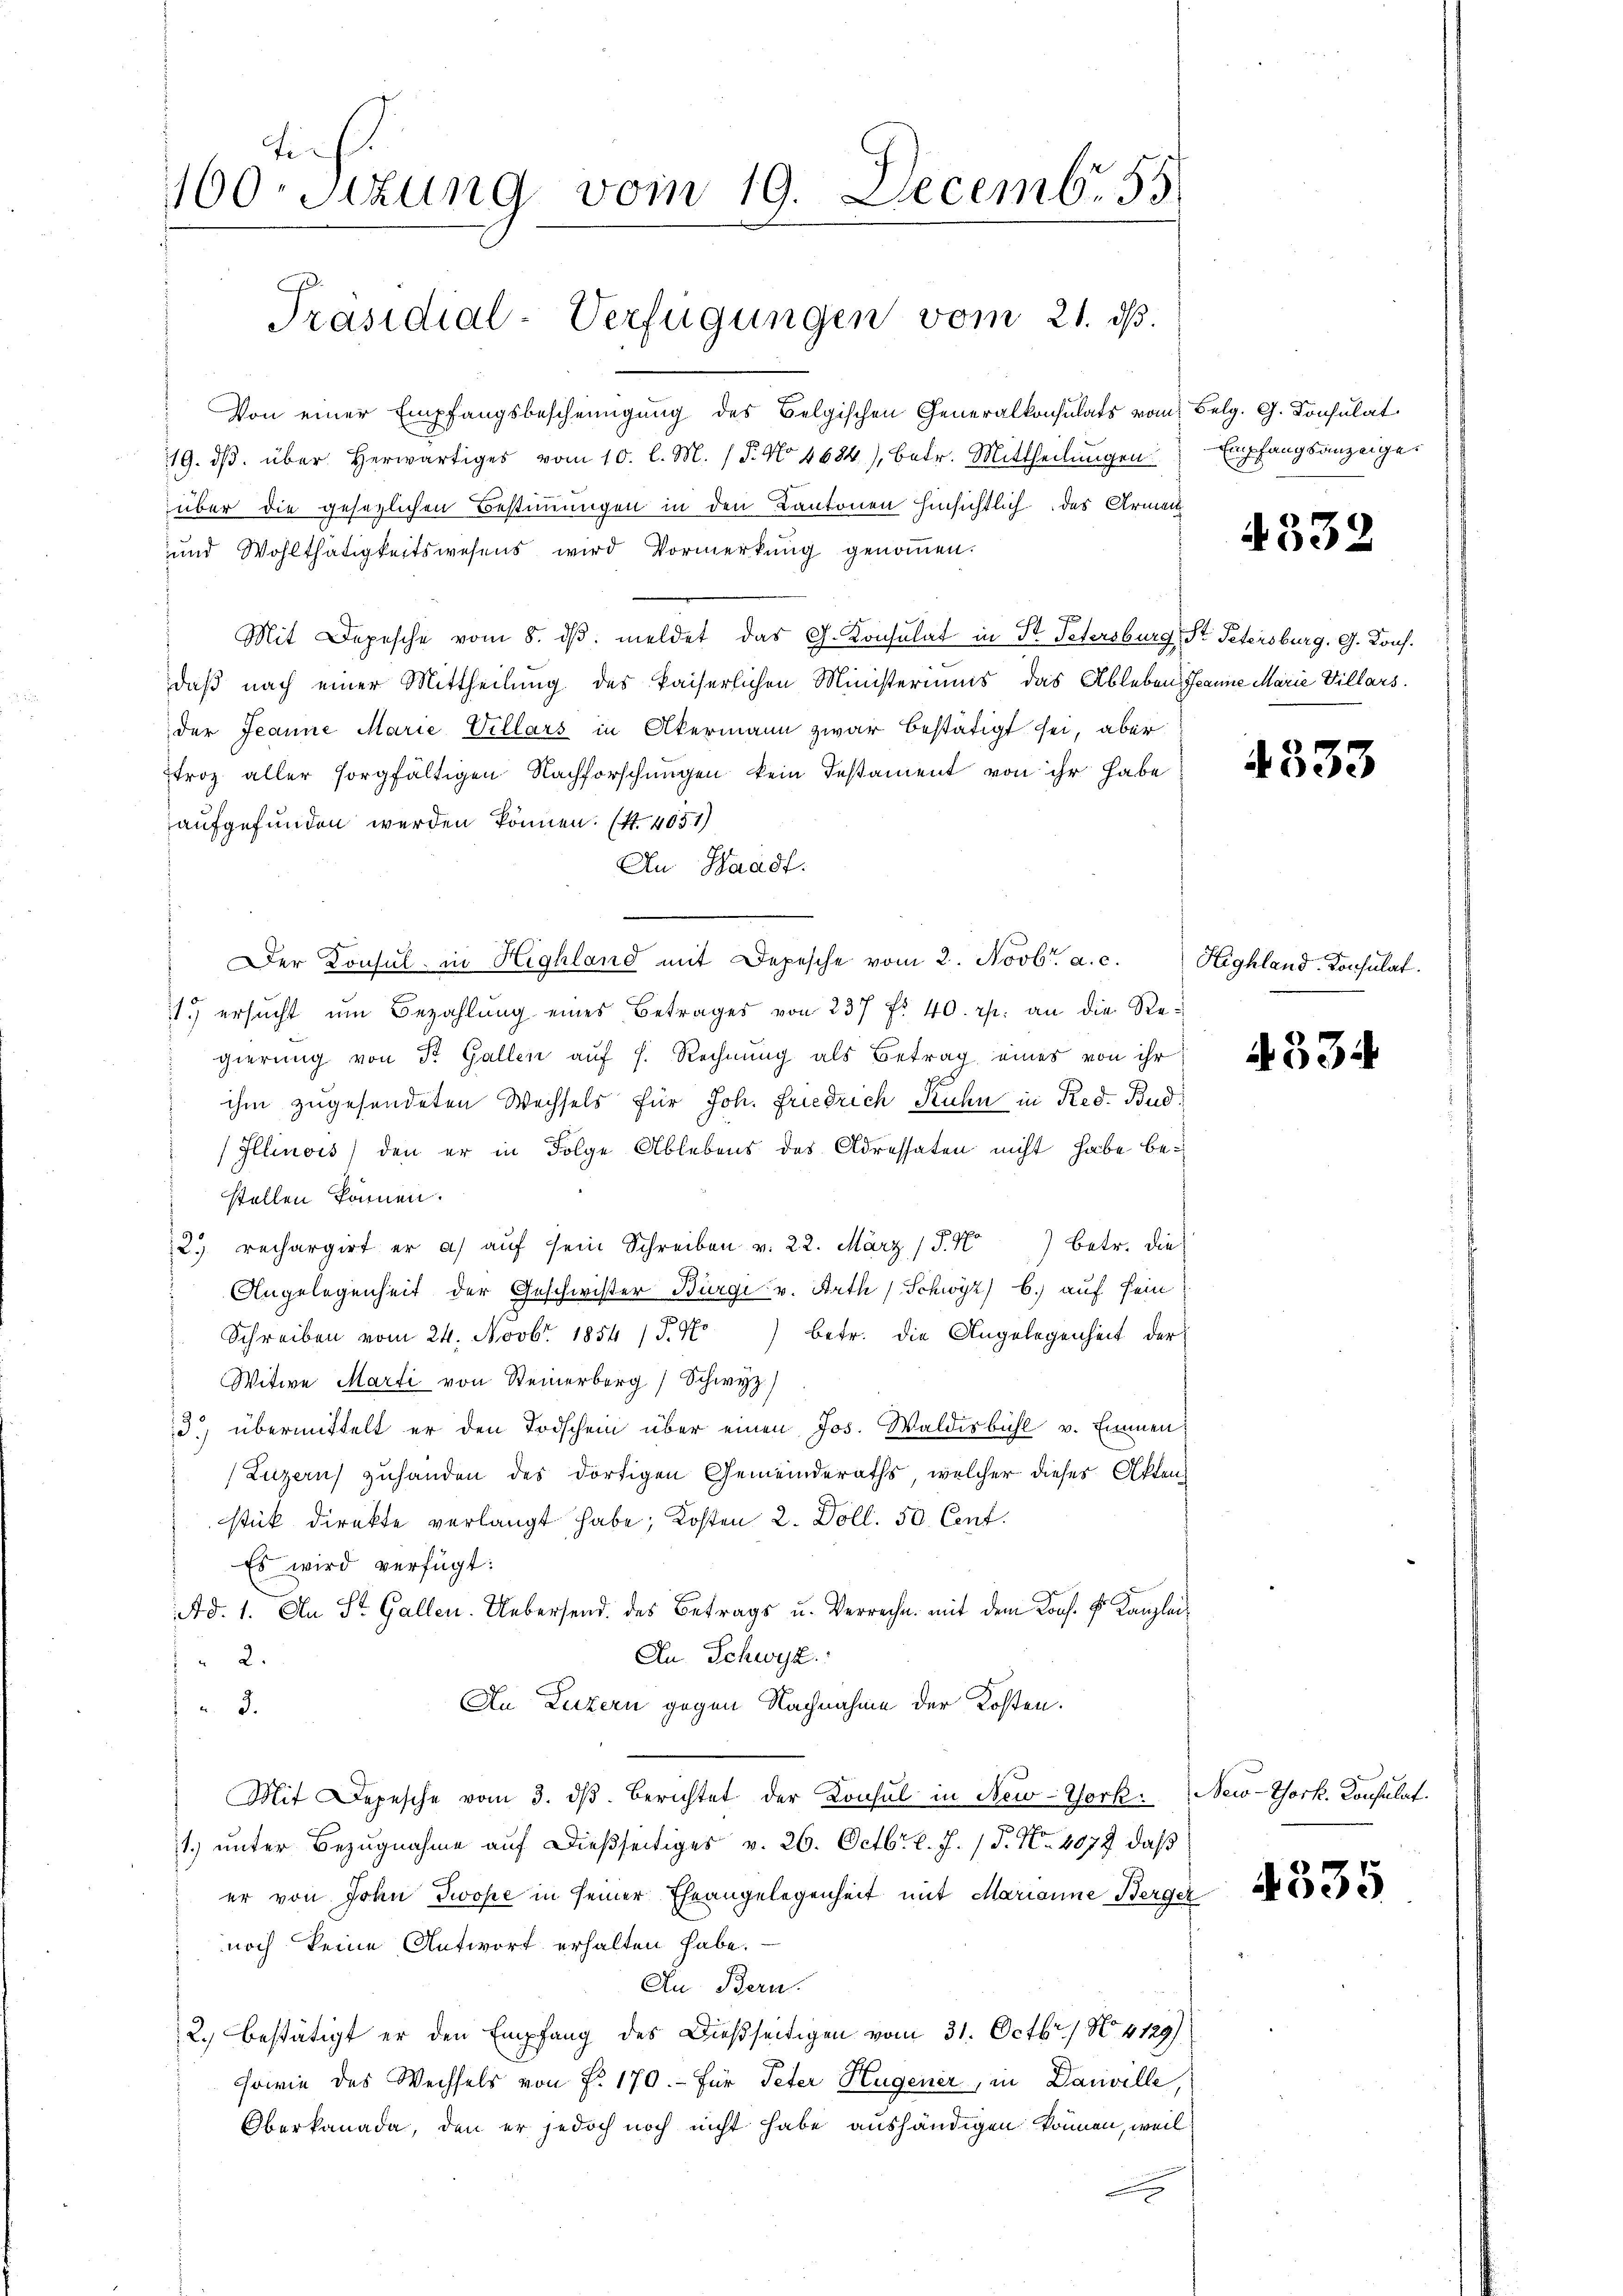
fi
160. Sizung vom 19. Decembr. 55

Präsidial-Verfügungen vom 21. d.

Von einer Empfangsbescheinigung des Belgischen Generalkonsulats vom Belg. G. Konsulat
119. dβ über herwärtiges vom 10. l. M. (T. No 4684), betr. Mittheilungen
über die gesezlichen Bestimmungen in den Kantonen hinsichtlich des Armen
und Wohlthätigkeitswesens wird Vormerkung genoṁen.
Mit Depesche vom 8. dβ. meldet das G. Konsulat in St. Petersburg, St. Petersburg, G. Kons.
daß nach einer Mittheilung des kaiserlichen Ministeriums das Ableben, Jeanne Marie Villars.
der Jeanne Marie Villars in Akermann zwar bestätigt sei, aber
troz. aller sorgfältigen Nachforschungen kein Testament von ihr habe
aufgefunden werden können. (S. 4051)
An Waadt.
Der Konsul in Highland mit Depesche vom 2. Novbr. a. c.
1. ersucht um Bezahlung eines Betrages von 237 f. 40. r. an die Regierung von Dr. Gallen auf s. Rechnung als Betrag eines von ihr
ihm zugesendeten Wechsels für Joh. Friedrich Ruhn in Red. Bud¬
Illinois) den er in Folge Ablebens des Adressaten nicht habe bestellen können.
2. rechargirt er a) auf sein Schreiben v. 22. März (S. 47 betr. dies
 Angelegenheit der Geschwister Bürgi v. Arth / Schwyz) b.) auf sein
Schreiben vom 24. Novbr. 1854 /T.No) betr. die Angelegenheit der
Witwe Marti von Steinerborg Schwyz)
3) übermittelt er den Todschein über einen Jos. Waldisbühl v. Emmen
 Luzern) zuhanden des dortigen Gemeinderaths, welcher dieses Aktenstik direkte verlangt habe; Kosten 2. Doll. 50. Cent.
Es wird verfügt:
Ad. 1. An St. Gallen. Uebersend des Betrags u. Verrechn. mit dem Kons. k. Kanzlei¬
An Schwyz
2.
An Luzern gegen Nachnahme der Kosten.
 3.
Mit Depesche vom 3. dβ berichtet der Konsul in New-York New-York, Consulat
1.) unter Bezugnahme auf dießseitiges v. 26. Octbr. l. J. P. Nr. 4072 daß
er von John Twope in seiner Eheangelegenheit mit Marianne Berger
noch keine Antwort erhalten habe.
An Bern.
2.) bestätigt er den Empfang des Dießseitigen vom 31. Octbr. / No. 4129)
sowie des Wechsels von Fr. 170. für Peter Hugener, in Danville,
Oberkanada, den er jedoch noch nicht habe aushändigen können, weil
e

Empfangsanzeige

4332

4333

Highland-Consulat

4334

4335